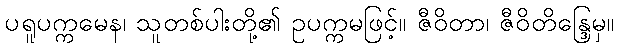
ပရူပက္ကမေန၊ သူတစ်ပါးတို့၏ ဥပက္ကမဖြင့်။ ဇီဝိတာ၊ ဇီဝိတိန္ဒြေမှ။